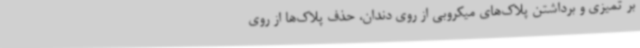
بر تمیزی و برداشتن پلاک‌های میکروبی از روی دندان، حذف پلاک‌ها از روی